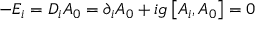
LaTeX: - E _ { i } = D _ { i } A _ { 0 } = \partial _ { i } A _ { 0 } + i g \left[ A _ { i } , A _ { 0 } \right] = 0